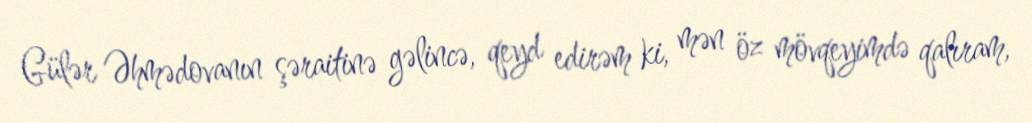
Gülər Əhmədovanın şəraitinə gəlincə, qeyd edirəm ki, mən öz mövqeyimdə qalıram,